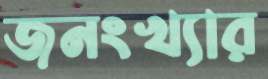
জনংখ্যার